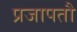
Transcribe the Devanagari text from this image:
प्रजापतौ